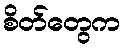
စိတ်တွေက